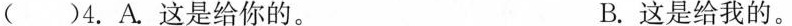
()4.A.这是给你的。 B.这是给我的。